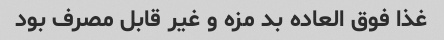
غذا فوق العاده بد مزه و غیر قابل مصرف بود